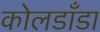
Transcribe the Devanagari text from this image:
कोलडाँडा